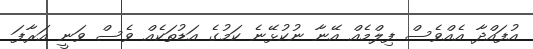
އުފައްދާ އެއްވެސް ފިލްމެއް އޭނާ ނުކުޅޭނެ ކަމުގެ އަޑުތަކެއް ވެސް ވަނީ އަރާފަ